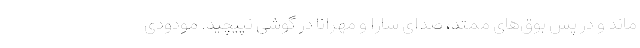
ماند و در پس بوق‌های ممتد، صدای سارا و مهرانا در گوشی نپیچید. مودودی